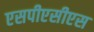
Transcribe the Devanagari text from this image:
एसपीएसीएस